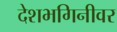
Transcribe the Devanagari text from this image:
देशभगिनीवर